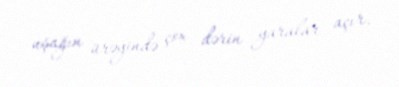
uşağın ürəyində çox dərin yaralar açır.